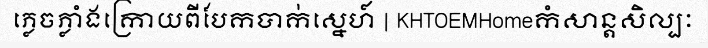
ភ្លេចភ្លាំងក្រោយពីបែកបាក់ស្នេហ៍ | KHTOEMHomeកំសាន្តសិល្បៈ